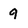
Character: q